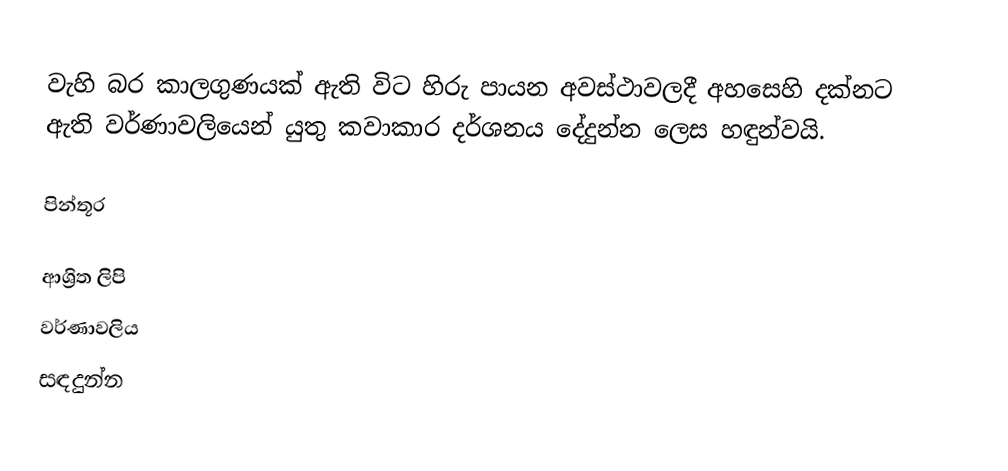
වැහි බර කාලගුණයක් ඇති විට හිරු පායන අවස්ථාවලදී අහසෙහි දක්නට ඇති වර්ණාවලියෙන් යුතු කවාකාර දර්ශනය දේදුන්න ලෙස හඳුන්වයි.

පින්තූර

ආශ්‍රිත ලිපි
 වර්ණාවලිය
 සඳදුන්න